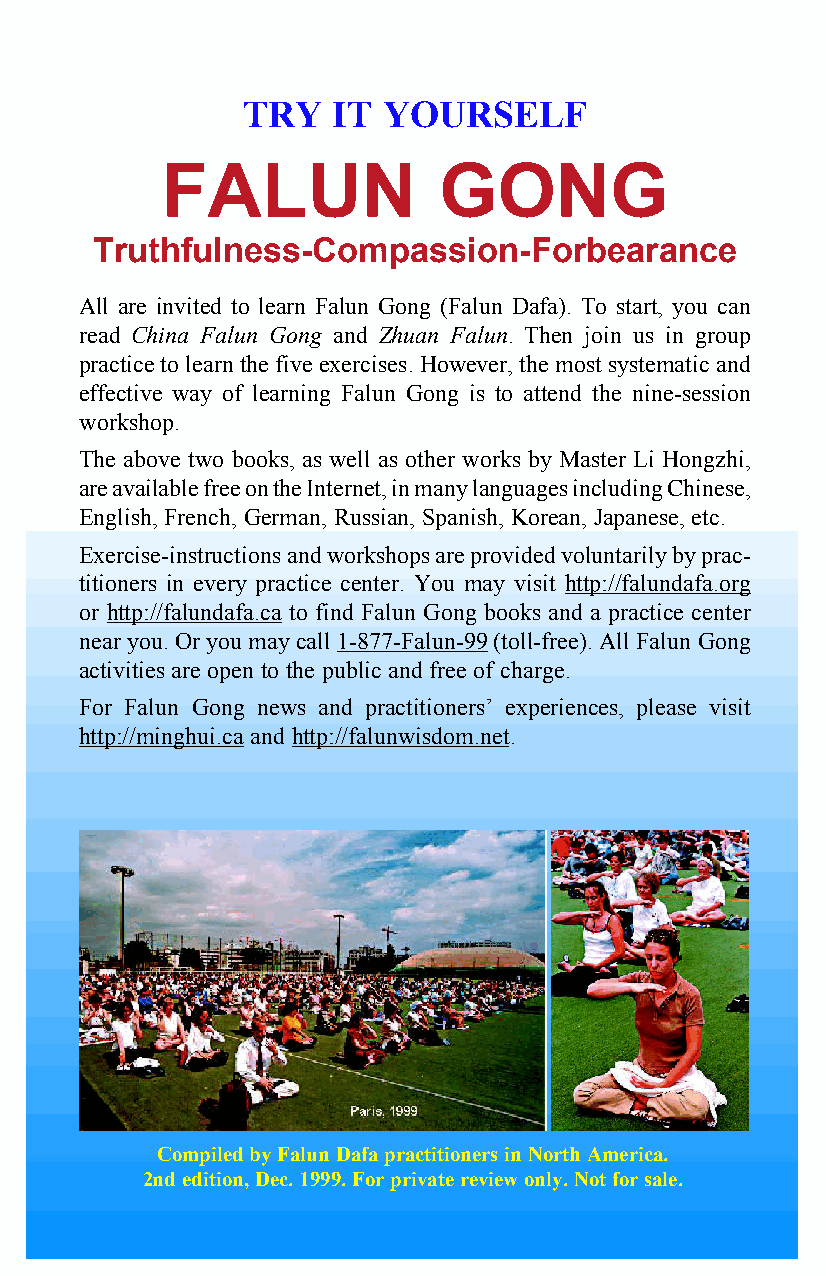
TRY   IT YOURSELF
 FALUN             GONG
 Truthfulness-Compassion-Forbearance
 All are invited to learn Falun Gong (Falun Dafa). To start, you can
 read China Falun Gong and Zhuan Falun. Then join us in group
 practice to learn the five exercises. However, the most systematic and
 effective way of learning Falun Gong is to attend the nine-session
 workshop.
 The above two books, as well as other works by Master Li Hongzhi,
 are available free on the Internet, in many languages including Chinese,
 English, French, German, Russian, Spanish, Korean, Japanese, etc.
 Exercise-instructions and workshops are provided voluntarily by prac-
 titioners in every practice center. You may visit http://falundafa.org
 or http://falundafa.ca to find Falun Gong books and a practice center
 near you. Or you may call 1-877-Falun-99 (toll-free). All Falun Gong
 activities are open to the public and free of charge.
 For Falun Gong news and practitioners’ experiences, please visit
 http://minghui.ca and http://falunwisdom.net.
 Compiled by Falun Dafa practitioners in North America.
 2nd edition, Dec. 1999. For private review only. Not for sale.